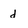
Character: d